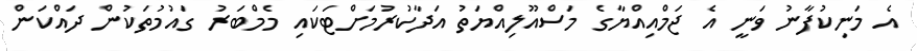
އެ މަނިކުފާނު ވަނީ އެ ޖަމްއިއްޔާގެ މަސްއޫލިއްޔަތު އަދާކުރުމަށްޓަކައި މެމްބަރު ގައުމުތަކުން ދައްކަން